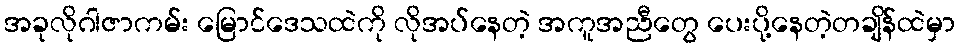
အခုလိုဂါဇာကမ်း မြောင်ဒေသထဲကို လိုအပ်နေတဲ့ အကူအညီတွေ ပေးပို့နေတဲ့တချိန်ထဲမှာ